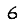
Digit: 6